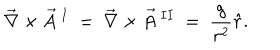
\vec { \nabla } \times \vec { A } ~ ^ { I } ~ = ~ \vec { \nabla } \times \vec { A } ~ ^ { I I } ~ = ~ { \frac { g } { r ^ { 2 } } } \hat { r } .